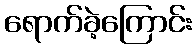
ရောက်ခဲ့ကြောင်း